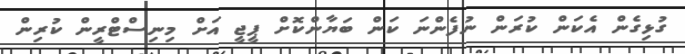
ގުޅިގެން އެކަން ކުރަން ނުފެންނަ ކަން ބަޔާންކޮށް ޕީޖީ އަށް މިނިސްޓްރީން ކުރިން